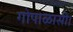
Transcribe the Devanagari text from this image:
गोपाळासी।